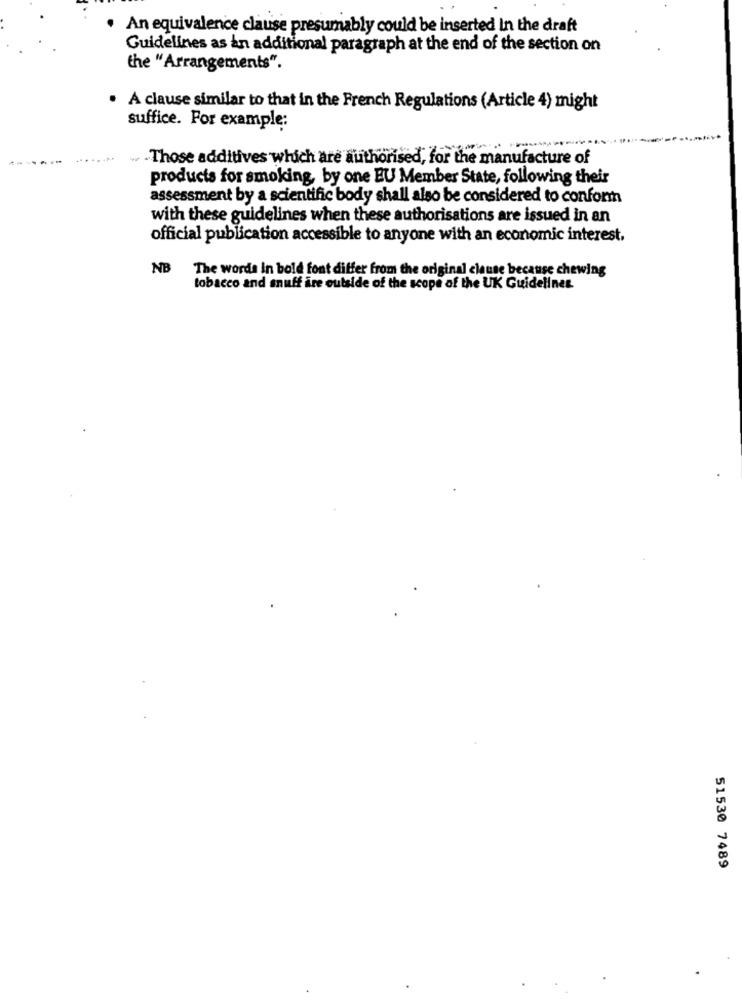
An equivalence clause presumably could be inserted in the draft
Guidelines as an additional paragraph at the end of the section on
the "Arrangements".
. A clause similar to that in the French Regulations (Article 4) might
suffice. For example:
Those additives which are authorised, for the manufacture of
products for smoking, by one EU Member State, following their
assessment by a scientific body shall also be considered to conform
with these guidelines when these authorisations are issued in an
official publication accessible to anyone with an economic interest,
NB
The words In bold font differ from the original clause because chewing
tobacco and snuff are outside of the scope of the UK Guidelines
51530 7489